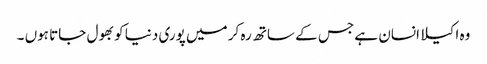
وہ اکیلا انسان ہے جس کے ساتھ رہ کر میں پوری دنیا کو بھول جاتا ہوں ۔